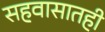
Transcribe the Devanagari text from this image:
सहवासातही